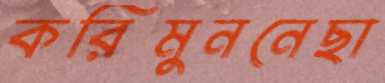
করিমুননেছা